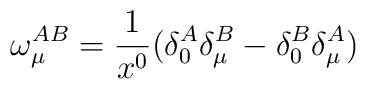
\omega_\mu^{AB}=\frac{1}{x^0}(\delta^A_0\delta^B_\mu-\delta^B_0\delta^A_\mu)